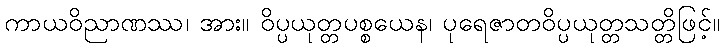
ကာယဝိညာဏဿ၊ အား။ ဝိပ္ပယုတ္တပစ္စယေန၊ ပုရေဇာတဝိပ္ပယုတ္တသတ္တိဖြင့်။